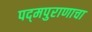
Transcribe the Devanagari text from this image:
पद्‌मपुराणाचा